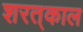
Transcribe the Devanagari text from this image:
शरत्‌काल